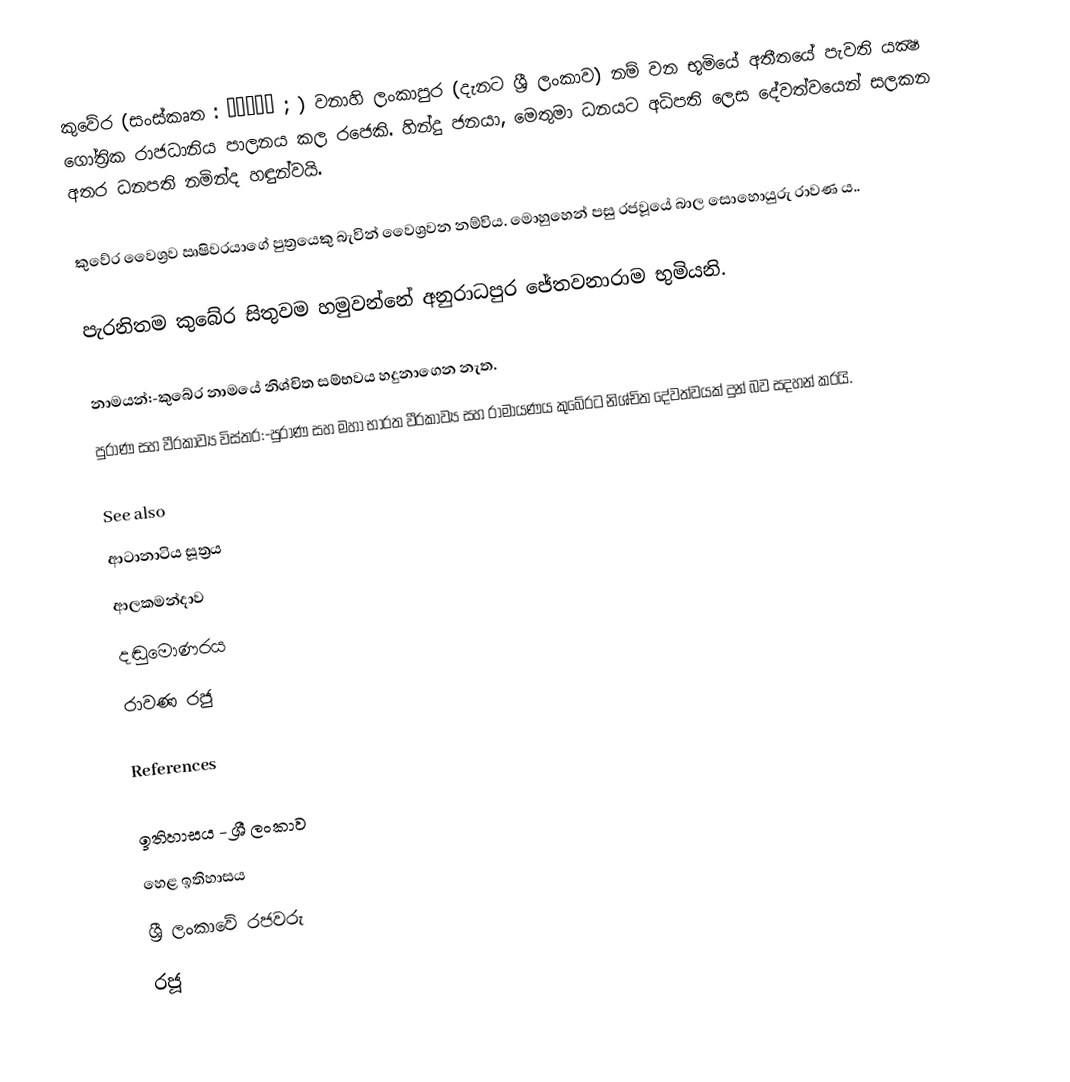
කුවේර (සංස්කෘත : कुबेर ; )  වනාහි ලංකාපුර (දැනට ශ්‍රී ලංකාව) නම් වන භූමියේ අතීතයේ පැවති යක්‍ෂ ගෝත්‍රික රාජධානිය පාලනය කල රජෙකි. හින්දු ජනයා, මෙතුමා ධනයට අධිපති ලෙස දේවත්වයෙන් සලකන අතර ධනපති නමින්ද හඳුන්වයි.

කුවේර වෛශ්‍රව ඍෂිවරයාගේ පුත්‍රයෙකු බැවින් වෛශ්‍රවන නම්විය. මොහුහෙන් පසු රජවූයේ බාල සොහොයුරු රාවණ ය..

පැරනිතම කුබේර සිතුවම හමුවන්නේ අනුරාධපුර ජේතවනාරාම භුමියනි.

නාමයන්:-කුබේර නාමයේ නිශ්චිත සම්භවය හදුනාගෙන නැත.
 පුරාණ සහ වීරකාව්‍ය විස්තර:-පුරාණ සහ මහා භාරත වීරකාව්‍ය සහ රාමායණය කුබේරට නිශ්චිත දේවත්වයක් දුන් බව සදහන් කරයි.

See also
 ආටානාටිය සූත්‍රය
 ආලකමන්දාව
 දඬුමොණරය
 රාවණ රජු

References

ඉතිහාසය - ශ්‍රී ලංකාව
හෙළ ඉතිහාසය
ශ්‍රී ලංකාවේ රජවරු
රජූ